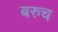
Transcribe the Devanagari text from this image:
बरुच